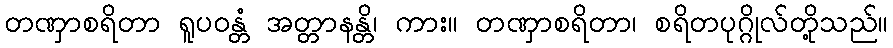
တဏှာစရိတာ ရူပဝန္တံ အတ္တာနန္တိ၊ ကား။ တဏှာစရိတာ၊ စရိတပုဂ္ဂိုလ်တို့သည်။